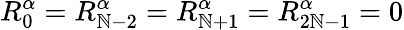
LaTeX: R_{0}^{\alpha}=R_{\mathbb{N}-2}^{\alpha}=R_{\mathbb{N}+1}^{\alpha}=R_{2\mathbb{N}-1}^{\alpha}=0